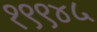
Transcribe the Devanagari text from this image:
१९९४५